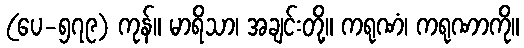
(ပေ-၅၇၉) ကုန်။ မာရိသာ၊ အချင်းတို့။ ကရုဏံ၊ ကရုဏာကို။